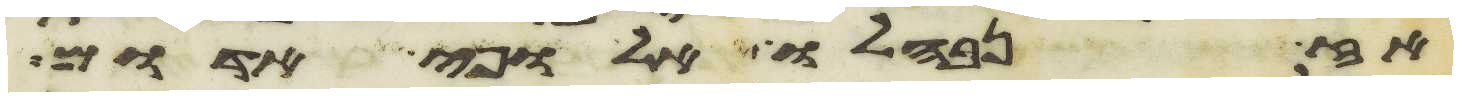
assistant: אז נבהלו אלופי אדום